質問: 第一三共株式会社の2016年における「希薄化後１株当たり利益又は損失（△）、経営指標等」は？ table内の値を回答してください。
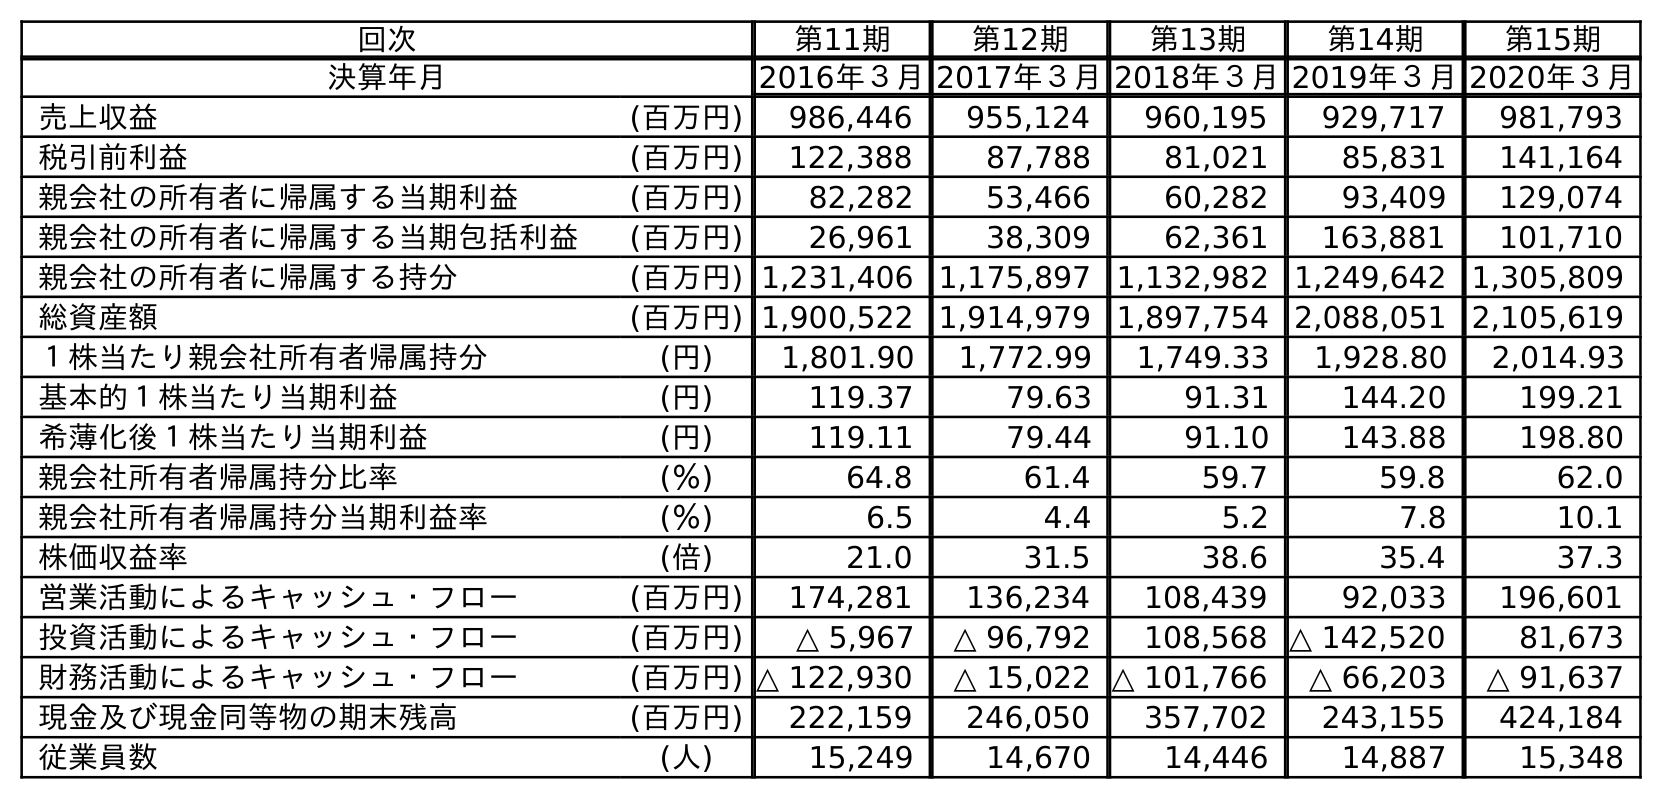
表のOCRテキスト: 回次 第11期 第12期 第13期 第14期 第15期 決算年月 2016年３月2017年３月2018年３月2019年３月2020年３月 売上収益 (百万円) 986,446 955,124 960,195 929,717 981,793 税引前利益 (百万円) 122,388 87,788 81,021 85,831 141,164 親会社の所有者に帰属する当期利益 (百万円) 82,282 53,466 60,282 93,409 129,074 親会社の所有者に帰属する当期包括利益 (百万円) 26,961 38,309 62,361 163,881 101,710 親会社の所有者に帰属する持分 (百万円) 1,231,406 1,175,897 1,132,982 1,249,642 1,305,809 総資産額 (百万円) 1,900,522 1,914,979 1,897,754 2,088,051 2,105,619 １株当たり親会社所有者帰属持分 (円) 1,801.90 1,772.99 1,749.33 1,928.80 2,014.93 基本的１株当たり当期利益 (円) 119.37 79.63 91.31 144.20 199.21 希薄化後１株当たり当期利益 (円) 119.11 79.44 91.10 143.88 198.80 親会社所有者帰属持分比率 (％) 64.8 61.4 59.7 59.8 62.0 親会社所有者帰属持分当期利益率 (％) 6.5 4.4 5.2 7.8 10.1 株価収益率 (倍) 21.0 31.5 38.6 35.4 37.3 営業活動によるキャッシュ・フロー (百万円) 174,281 136,234 108,439 92,033 196,601 投資活動によるキャッシュ・フロー (百万円) △ 5,967 △ 96,792 108,568 △ 142,520 81,673 財務活動によるキャッシュ・フロー (百万円) △ 122,930 △ 15,022 △ 101,766 △ 66,203 △ 91,637 現金及び現金同等物の期末残高 (百万円) 222,159 246,050 357,702 243,155 424,184 従業員数 (人) 15,249 14,670 14,446 14,887 15,348
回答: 119.11